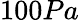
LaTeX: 100Pa